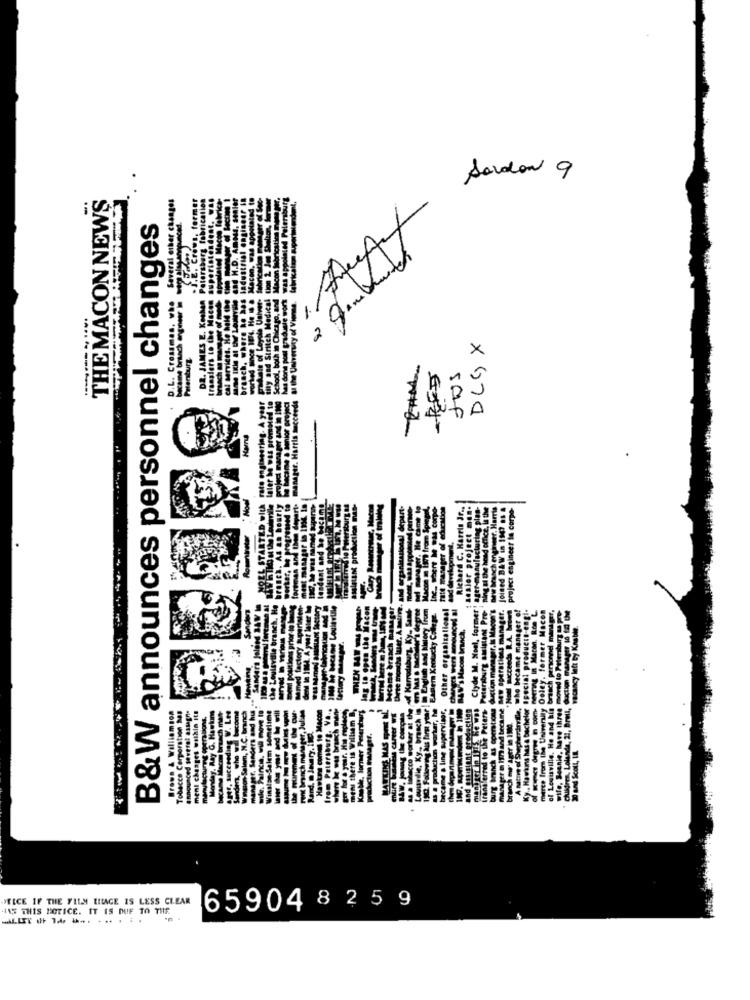
Sardon 9
THE MACON NEWS
Several other changes
. former
FICALIO
B&W announces personnel changes
transfers to the
DR. JAMES E.
DLGX
Pilenburg
-RES
tos
IL STARTED with rato engineering. A
manager. Harris
Porter, be progressed to
project engineer la cor
Ant ul the head office.
Joined DAW in 1947
førte
Other organizational
rmer
Sande
WHEN
Herred
Tobacer
YELCE IF THE FILM EHACE IS LESS CLEAR
115 THIS NOTICE. IT IS DUE TO THE
659048 2 5 9